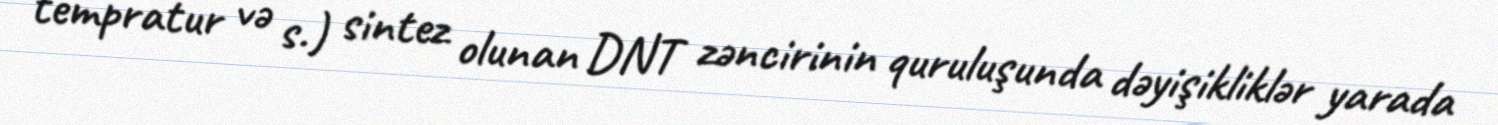
tempratur və s.) sintez olunan DNT zəncirinin quruluşunda dəyişikliklər yarada